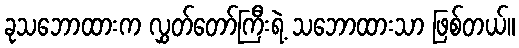
ခုသဘောထားက လွှတ်တော်ကြီးရဲ့ သဘောထားသာ ဖြစ်တယ်။